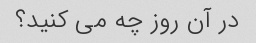
در آن روز چه می کنید؟